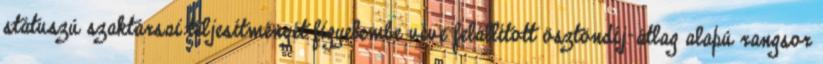
státuszú szaktársai teljesítményét figyelembe véve felállított ösztöndíj-átlag alapú rangsor